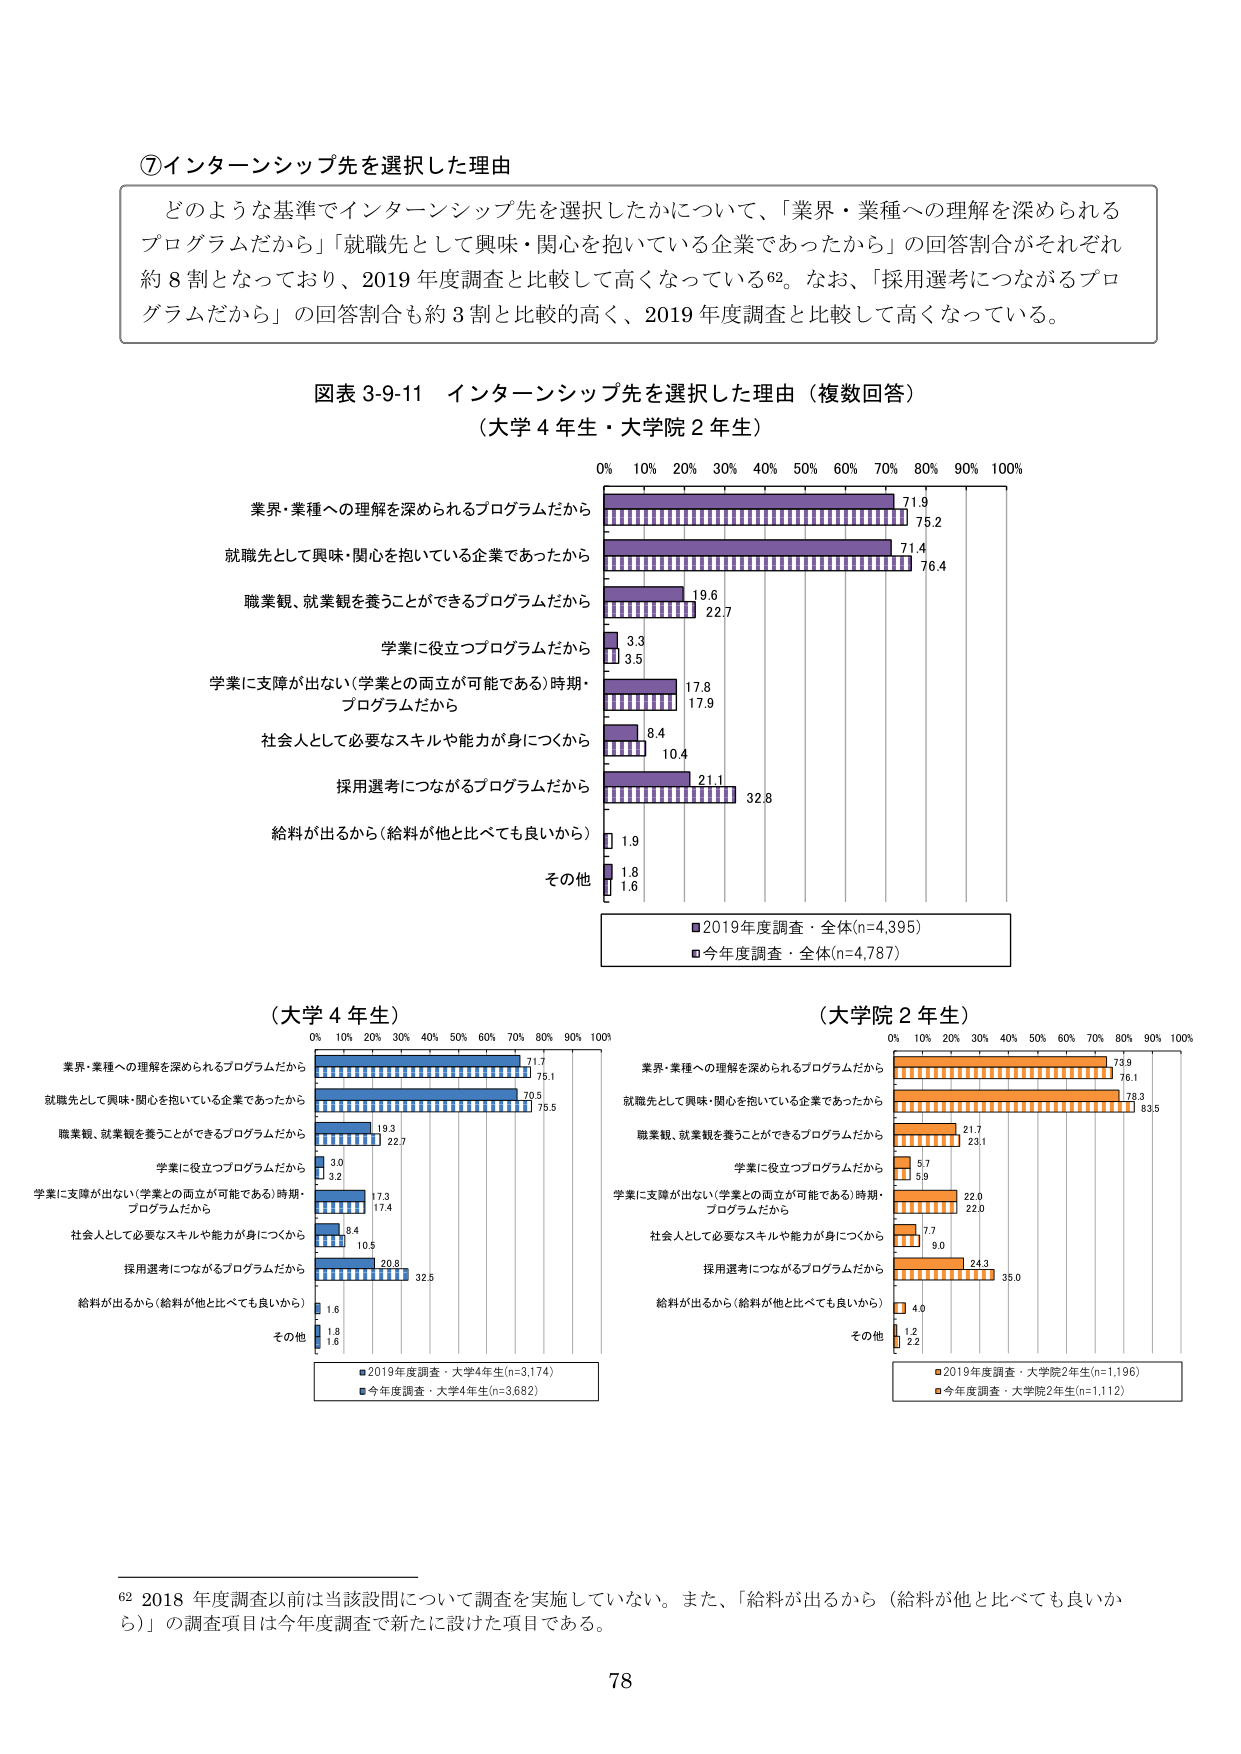
⑦インターンシップ先を選択した理由

どのような基準でインターンシップ先を選択したかについて、「業界・業種への理解を深められるプログラムだから」「就職先として興味・関心を抱いている企業であったから」の回答割合がそれぞれ約8割となっており、2019年度調査と比較して高くなっている62。なお、「採用選考につながるプログラムだから」の回答割合も約3割と比較的高く、2019年度調査と比較して高くなっている。

図表3-9-11 インターンシップ先を選択した理由（複数回答）
（大学4年生・大学院2年生）

業界・業種への理解を深められるプログラムだから
就職先として興味・関心を抱いている企業であったから
職業観、就業観を養うことができるプログラムだから
学業に役立つプログラムだから
学業に支障が出ない（学業との両立が可能である）時期・プログラムだから
社会人として必要なスキルや能力が身につくから
採用選考につながるプログラムだから
給料が出るから（給料が他と比べても良いから）
その他

0% 10% 20% 30% 40% 50% 60% 70% 80% 90% 100%

71.9
75.2
71.4
76.4
19.6
22.7
3.3
3.5
17.8
17.9
8.4
10.4
21.1
32.8
1.9
1.8
1.6

■2019年度調査・全体(n=4,395)
■今年度調査・全体(n=4,787)

（大学4年生）

業界・業種への理解を深められるプログラムだから
就職先として興味・関心を抱いている企業であったから
職業観、就業観を養うことができるプログラムだから
学業に役立つプログラムだから
学業に支障が出ない（学業との両立が可能である）時期・プログラムだから
社会人として必要なスキルや能力が身につくから
採用選考につながるプログラムだから
給料が出るから（給料が他と比べても良いから）
その他

0% 10% 20% 30% 40% 50% 60% 70% 80% 90% 100%

71.7
75.1
70.5
75.5
19.3
22.7
3.0
3.2
17.3
17.4
8.4
10.5
20.8
32.5
1.6
1.8
1.6

■2019年度調査・大学4年生(n=3,174)
■今年度調査・大学4年生(n=3,682)

（大学院2年生）

業界・業種への理解を深められるプログラムだから
就職先として興味・関心を抱いている企業であったから
職業観、就業観を養うことができるプログラムだから
学業に役立つプログラムだから
学業に支障が出ない（学業との両立が可能である）時期・プログラムだから
社会人として必要なスキルや能力が身につくから
採用選考につながるプログラムだから
給料が出るから（給料が他と比べても良いから）
その他

0% 10% 20% 30% 40% 50% 60% 70% 80% 90% 100%

73.9
76.1
78.3
83.5
21.7
23.1
5.7
5.9
22.0
22.0
7.7
9.0
24.3
35.0
4.0
1.2
2.2

■2019年度調査・大学院2年生(n=1,196)
■今年度調査・大学院2年生(n=1,112)

62 2018年度調査以前は当該設問について調査を実施していない。また、「給料が出るから（給料が他と比べても良いから）」の調査項目は今年度調査で新たに設けた項目である。

78